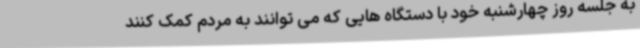
به جلسه روز چهارشنبه خود با دستگاه هایی که می توانند به مردم کمک کنند